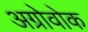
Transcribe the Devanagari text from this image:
अग्रोवोक